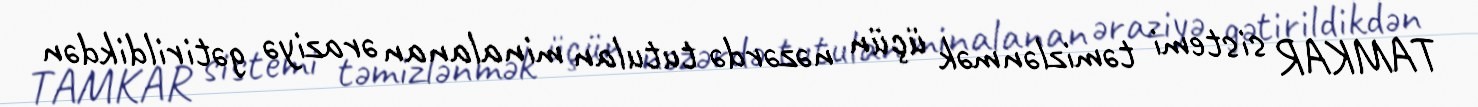
TAMKAR sistemi təmizlənmək üçün nəzərdə tutulan minalanan əraziyə gətirildikdən